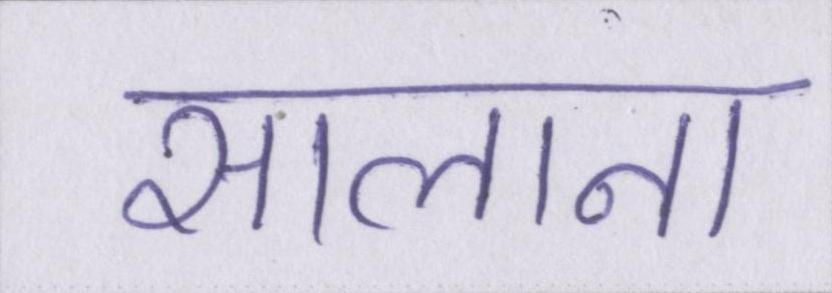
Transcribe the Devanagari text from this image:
सालाना